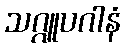
သဂ္ဂူပဂါနံ